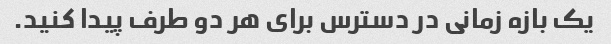
یک بازه زمانی در دسترس برای هر دو طرف پیدا کنید.